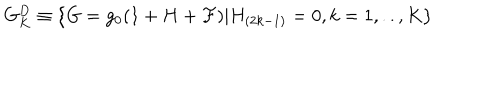
G _ { K } ^ { D } \equiv \{ G = g _ { 0 } ( 1 + H + { \cal F } ) | H _ { ( 2 k - 1 ) } = 0 , k = 1 , . . , K \}